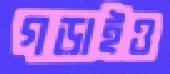
গড়াইও